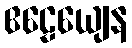
ဧဠေယျေန